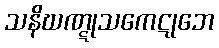
သနိဃဏ္ဋုသကေဋုဘေ